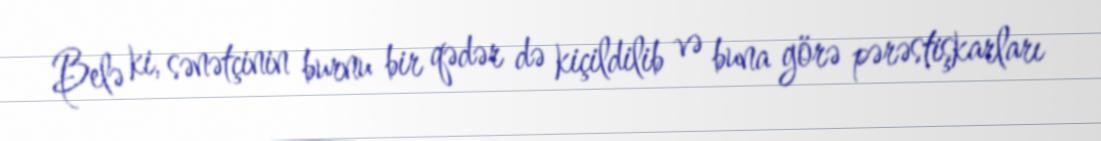
Belə ki, sənətçinin burnu bir qədər də kiçildilib və buna görə pərəstişkarları